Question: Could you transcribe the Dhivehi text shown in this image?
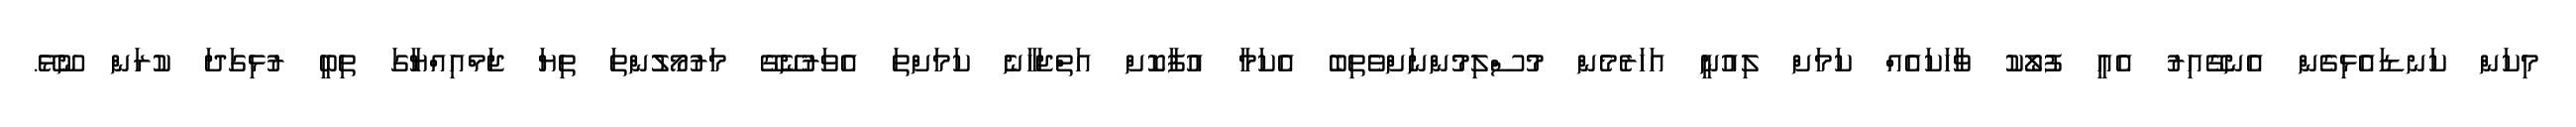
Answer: މިކަން ކަނޑައެޅިގެން އެނގޭއިރު އެއީ ފުލޯކު ވާހަކައެއް ކަމަށް ލިއުނީ އަހަރެމެން މުސްލިމުންނަށްވެތިބެ އެކަމާ އުފާކޮށް އަތްޖަހާނެ ކަމަށްތަ އެވަރުނޭގޭ މަރުމޯލުންތަ ތިޔަ ޖަމްއިއްޔާގަ ތިބީ ރުޅިގަދަ ކުރަން ނޫޅޭ.